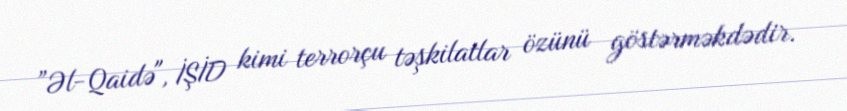
”Əl-Qaidə", İŞİD kimi terrorçu təşkilatlar özünü göstərməkdədir.